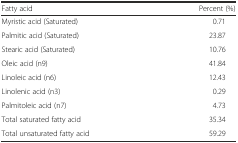
<table><thead><tr><td><b>Fatty acid</b></td><td><b>Percent (%)</b></td></tr></thead><tbody><tr><td>Myristic acid (Saturated)</td><td>0.71</td></tr><tr><td>Palmitic acid (Saturated)</td><td>23.87</td></tr><tr><td>Stearic acid (Saturated)</td><td>10.76</td></tr><tr><td>Oleic acid (n9)</td><td>41.84</td></tr><tr><td>Linoleic acid (n6)</td><td>12.43</td></tr><tr><td>Linolenic acid (n3)</td><td>0.29</td></tr><tr><td>Palmitoleic acid (n7)</td><td>4.73</td></tr><tr><td>Total saturated fatty acid</td><td>35.34</td></tr><tr><td>Total unsaturated fatty acid</td><td>59.29</td></tr></tbody></table>